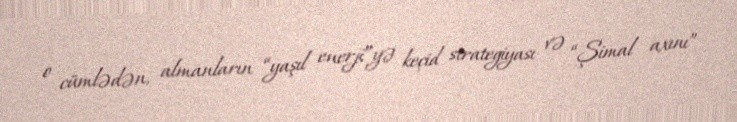
o cümlədən, almanların “yaşıl enerji”yə keçid strategiyası və “Şimal axını”